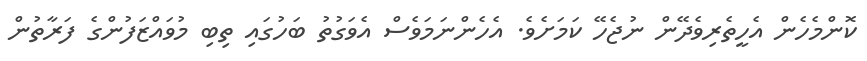
ކޮންމެހެން އެހީތެރިވެދޭން ނުޖެހޭ ކަމަށެވެ. އެހެންނަމަވެސް އެވަގުތު ބަހުގައި ތިބި މުވައްޒަފުންގެ ފަރާތުން